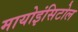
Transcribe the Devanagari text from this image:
मायोइंसिटोल